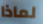
لماذا